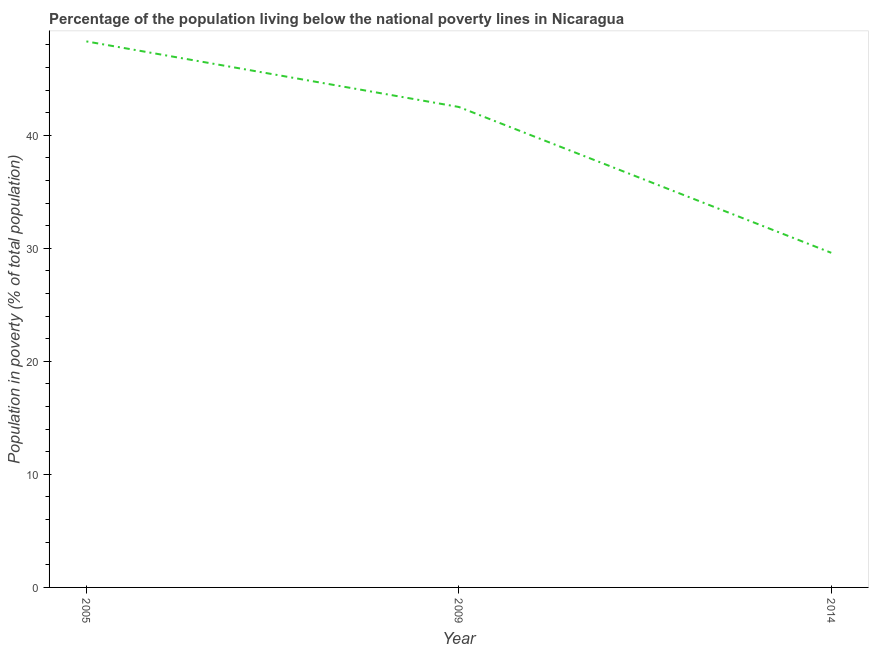
| Year | Poverty headcount ratio |
 | --- | --- |
 | 2005 | 48.3 |
 | 2009 | 42.5 |
 | 2014 | 29.6 |